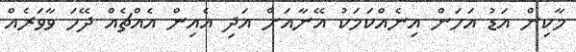
މާކިން އަޑު އަހަން އިނެއްކަމަކު އޭނާއަށް އަދި އެއިން އެއްޗެއް ދޭހަ ވާވަރެއް